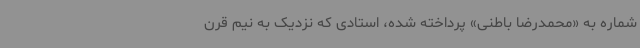
شماره به «محمدرضا باطنی» پرداخته شده، استادی که نزدیک به نیم قرن